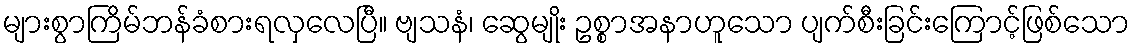
များစွာကြိမ်ဘန်ခံစားရလှလေပြီ။ ဗျသနံ၊ ဆွေမျိုး ဥစ္စာအနာဟူသော ပျက်စီးခြင်းကြောင့်ဖြစ်သော